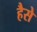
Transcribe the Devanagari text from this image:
हैसे